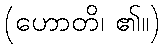
(ဟောတိ၊ ၏။)